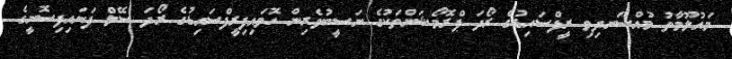
މައުލޫމާތު މުއްސަނދިވި ރީފްސައިޑުގެ ރޯދަ ޕްރޮމޯޝަންތަކުގެ ނަސީބުވެރިން ހޮވައިފިރީފްސައިޑުގެ ރޯދަ ސޭލް ފަށައިފިސޮނީގެ